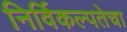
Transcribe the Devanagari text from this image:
निर्विकल्पतेचा